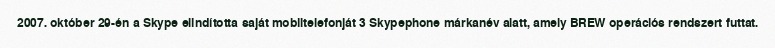
2007. október 29-én a Skype elindította saját mobiltelefonját 3 Skypephone márkanév alatt, amely BREW operációs rendszert futtat.